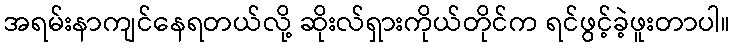
အရမ်းနာကျင်နေရတယ်လို့ ဆိုးလ်ရှားကိုယ်တိုင်က ရင်ဖွင့်ခဲ့ဖူးတာပါ။